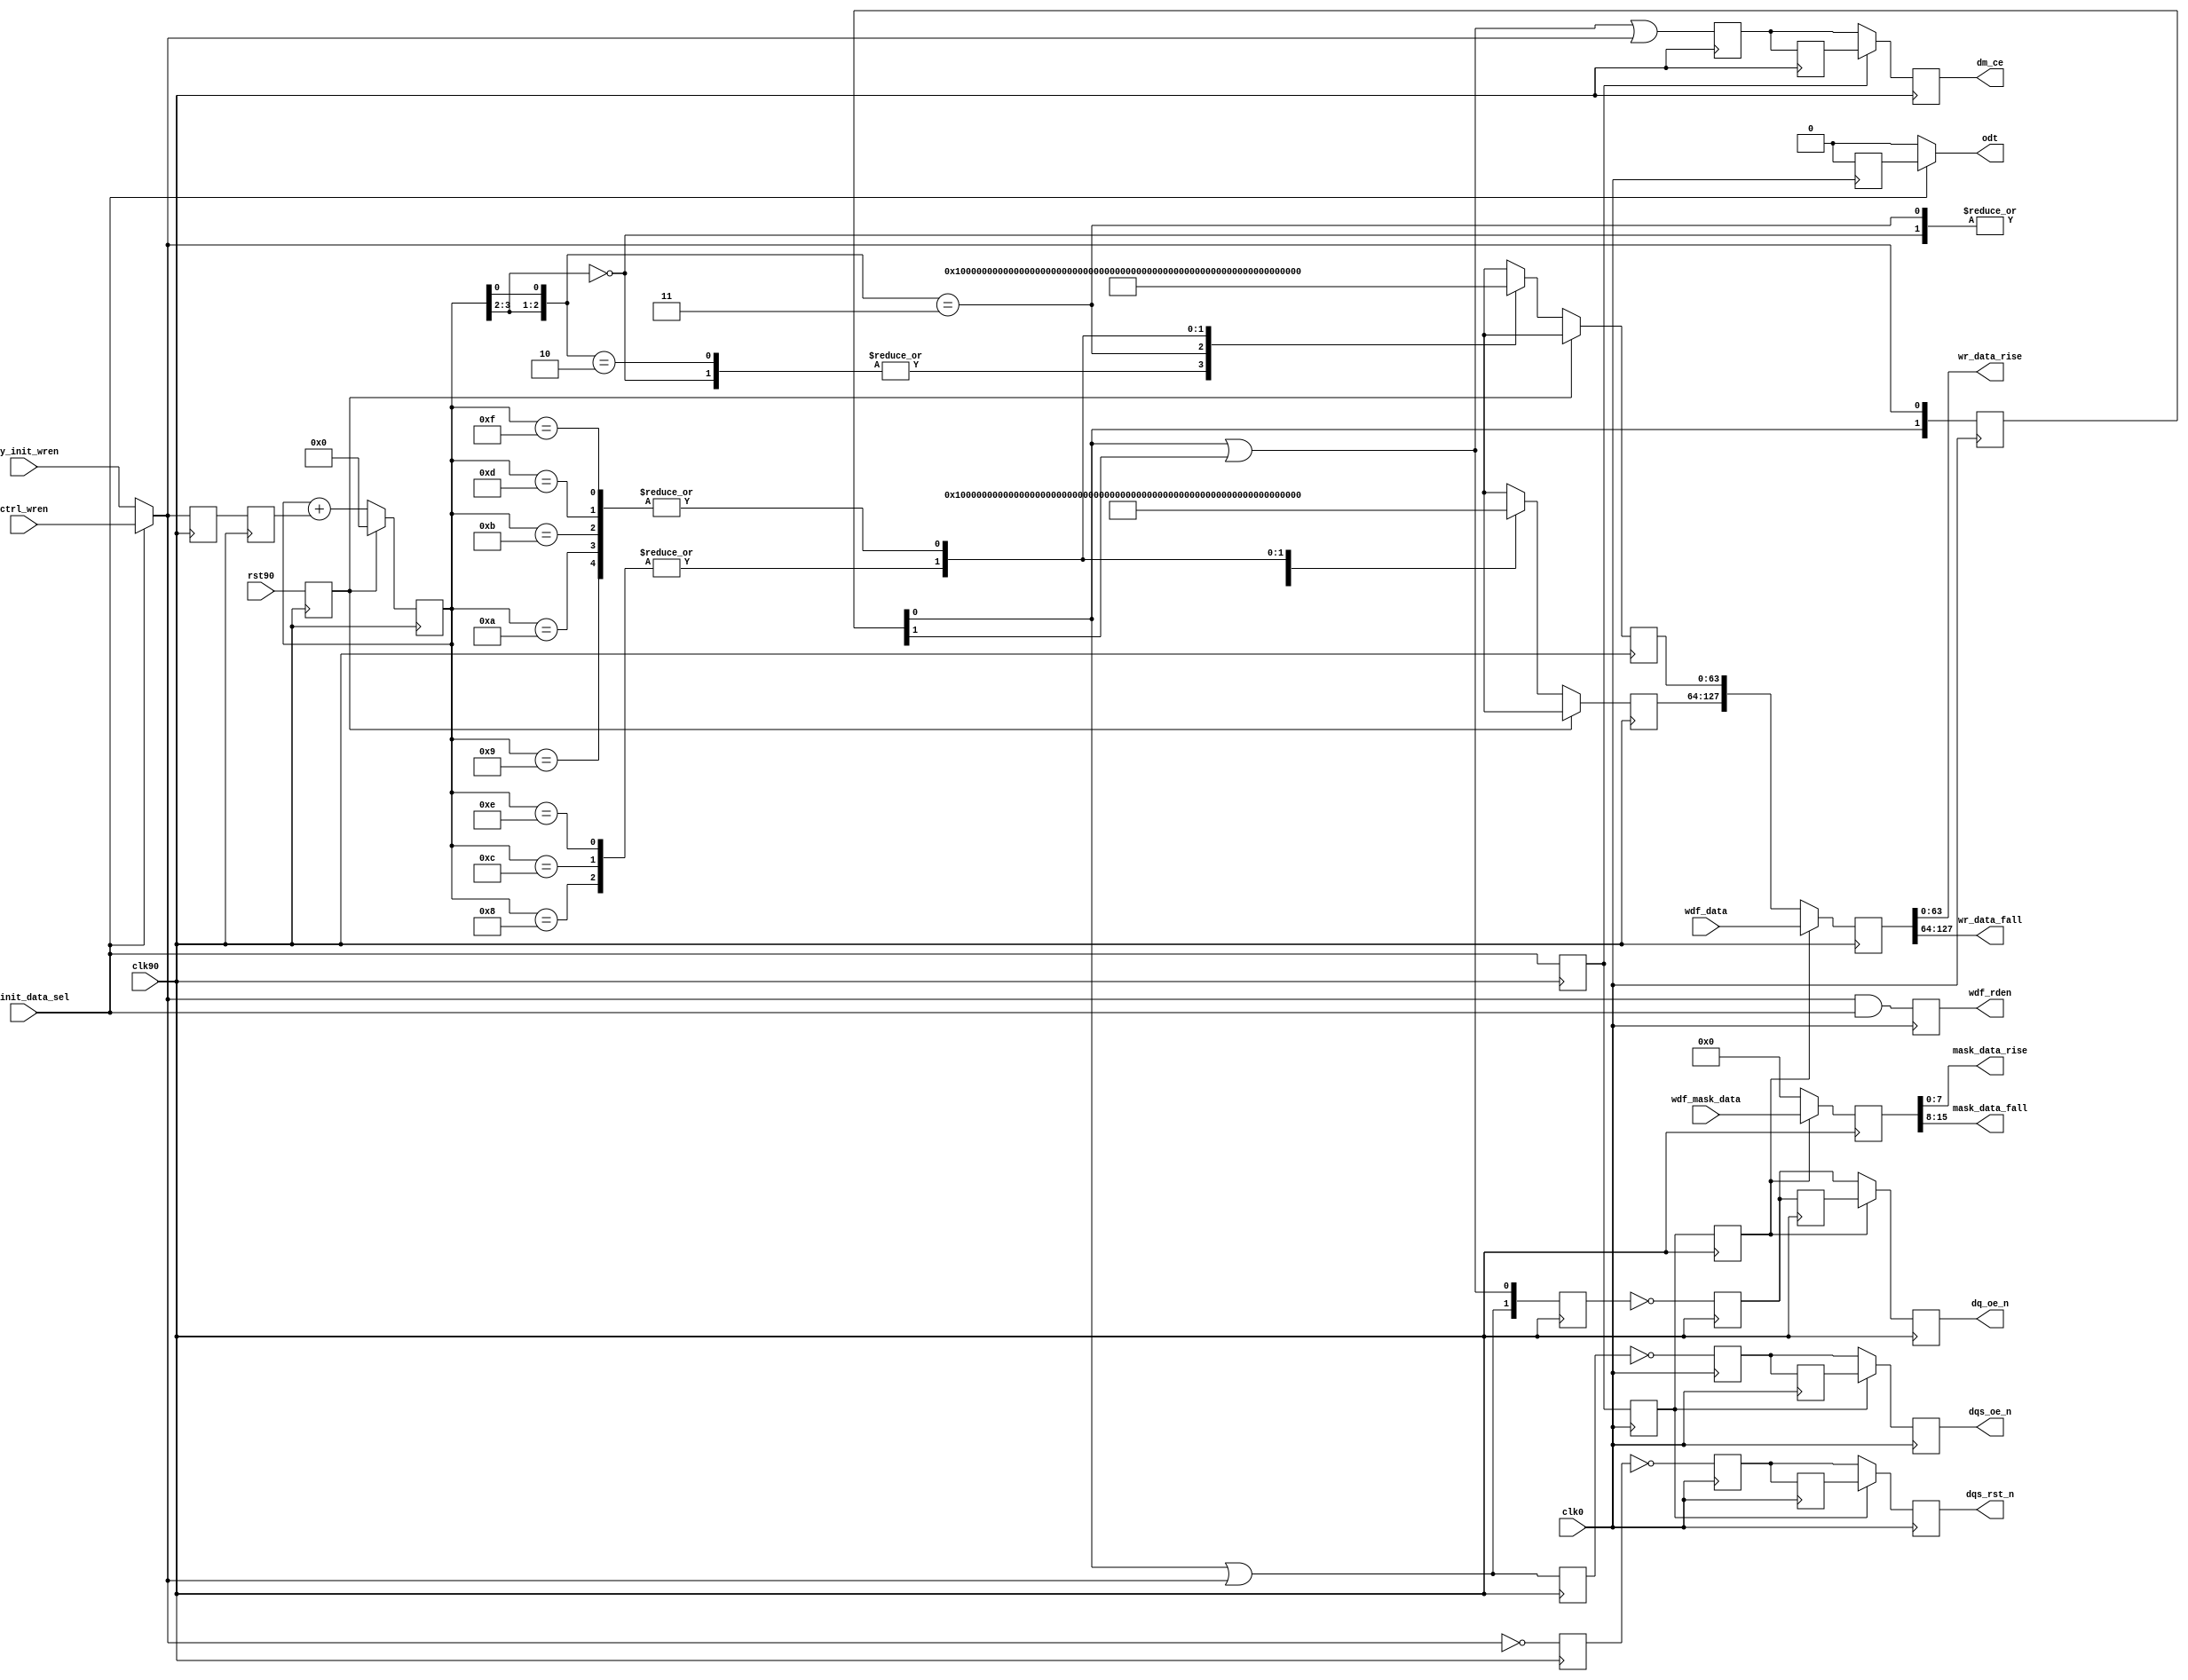
//-----------------------------------------------------------------------------
//-- (c) Copyright 2006 - 2009 Xilinx, Inc. All rights reserved.
//--
//-- This file contains confidential and proprietary information
//-- of Xilinx, Inc. and is protected under U.S. and
//-- international copyright and other intellectual property
//-- laws.
//--
//-- DISCLAIMER
//-- This disclaimer is not a license and does not grant any
//-- rights to the materials distributed herewith. Except as
//-- otherwise provided in a valid license issued to you by
//-- Xilinx, and to the maximum extent permitted by applicable
//-- law: (1) THESE MATERIALS ARE MADE AVAILABLE "AS IS" AND
//-- WITH ALL FAULTS, AND XILINX HEREBY DISCLAIMS ALL WARRANTIES
//-- AND CONDITIONS, EXPRESS, IMPLIED, OR STATUTORY, INCLUDING
//-- BUT NOT LIMITED TO WARRANTIES OF MERCHANTABILITY, NON-
//-- INFRINGEMENT, OR FITNESS FOR ANY PARTICULAR PURPOSE; and
//-- (2) Xilinx shall not be liable (whether in contract or tort,
//-- including negligence, or under any other theory of
//-- liability) for any loss or damage of any kind or nature
//-- related to, arising under or in connection with these
//-- materials, including for any direct, or any indirect,
//-- special, incidental, or consequential loss or damage
//-- (including loss of data, profits, goodwill, or any type of
//-- loss or damage suffered as a result of any action brought
//-- by a third party) even if such damage or loss was
//-- reasonably foreseeable or Xilinx had been advised of the
//-- possibility of the same.
//--
//-- CRITICAL APPLICATIONS
//-- Xilinx products are not designed or intended to be fail-
//-- safe, or for use in any application requiring fail-safe
//-- performance, such as life-support or safety devices or
//-- systems, Class III medical devices, nuclear facilities,
//-- applications related to the deployment of airbags, or any
//-- other applications that could lead to death, personal
//-- injury, or severe property or environmental damage
//-- (individually and collectively, "Critical
//-- Applications"). Customer assumes the sole risk and
//-- liability of any use of Xilinx products in Critical
//-- Applications, subject only to applicable laws and
//-- regulations governing limitations on product liability.
//--
//-- THIS COPYRIGHT NOTICE AND DISCLAIMER MUST BE RETAINED AS
//-- PART OF THIS FILE AT ALL TIMES.
//-----------------------------------------------------------------------------
// MPMC V5 MIG PHY DDR2 Initialization
//-------------------------------------------------------------------------
//
// Description:
//   Handles delaying various write control signals appropriately depending
//   on CAS latency, additive latency, etc. Also splits the data and mask in
//   rise and fall buses.
//
// Structure:
//     
//--------------------------------------------------------------------------
//
// History:
//   Sep 26 2007:
//     Added WDF_RDEN_WIDTH parameter.
//     Added WDF_RDEN_EARLY parameter.
//     Moved wdf_rden to be clk0 aligned.
//     Modified such that ctrl_wren is expected one cycle earlier in the 
//     normal case and three cycles earlier in the ECC case in order to allow
//     wdf_rden to be asserted 1 or 3 cycles earlier.
//   Dec 20 2007:
//     Merged MIG 2.1 modifications into this file.
//     Did not merge wdf_ecc_mask logic in as it did not look robust for all
//       DQ_WIDTH settings.
//   Jan 14 2008:
//     Removed logic for ecc_dm_error as MIG only supports 72-bit ECC.
//
//--------------------------------------------------------------------------

`timescale 1ns/1ps

module v5_phy_write_ddr2 #
  (
   parameter DQ_WIDTH       = 64,
   parameter ADDITIVE_LAT   = 0,
   parameter CAS_LAT        = 3,
   parameter ECC_ENABLE     = 0,
   parameter ODT_TYPE       = 0,
   parameter REG_ENABLE     = 0,
   parameter DDR_TYPE       = 1,
   parameter WDF_RDEN_WIDTH = 1,
   parameter WDF_RDEN_EARLY = 0
   )
  (
   input                       clk0,
   input                       clk90,
   input                       rst90,
   input [(2*DQ_WIDTH)-1:0]    wdf_data,
   input [(2*DQ_WIDTH/8)-1:0]  wdf_mask_data,
   input                       ctrl_wren,
   input                       phy_init_wren,
   input                       phy_init_data_sel,
   output reg                  dm_ce,
   output reg [1:0]            dq_oe_n,
   output reg                  dqs_oe_n ,
   output reg                  dqs_rst_n ,
   output [WDF_RDEN_WIDTH-1:0] wdf_rden,
   output reg                  odt,
   output [DQ_WIDTH-1:0]       wr_data_rise,
   output [DQ_WIDTH-1:0]       wr_data_fall,
   output [(DQ_WIDTH/8)-1:0]   mask_data_rise,
   output [(DQ_WIDTH/8)-1:0]   mask_data_fall
   );

  localparam   MASK_WIDTH               = DQ_WIDTH/8;
  localparam   DDR1                     = 0;
  localparam   DDR2                     = 1;
  localparam   DDR3                     = 2;

  // (MIN,MAX) value of WR_LATENCY for DDR1:
  //   REG_ENABLE   = (0,1)
  //   ECC_ENABLE   = (0,1)
  //   Write latency = 1
  //   Total: (1,3)
  // (MIN,MAX) value of WR_LATENCY for DDR2:
  //   REG_ENABLE   = (0,1)
  //   ECC_ENABLE   = (0,1)
  //   Write latency = ADDITIVE_CAS + CAS_LAT - 1 = (0,4) + (3,5) - 1 = (2,8)
  //     ADDITIVE_LAT = (0,4) (JEDEC79-2B)
  //     CAS_LAT      = (3,5) (JEDEC79-2B)
  //   Total: (2,10)
  localparam WR_LATENCY = (DDR_TYPE == DDR3) ?
             (ADDITIVE_LAT + (CAS_LAT) + REG_ENABLE ) :
             (DDR_TYPE == DDR2) ?
             (ADDITIVE_LAT + (CAS_LAT-1) + REG_ENABLE ) :
             (1 + REG_ENABLE );

  // NOTE that ODT timing does not need to be delayed for registered
  // DIMM case, since like other control/address signals, it gets
  // delayed by one clock cycle at the DIMM
  localparam ODT_WR_LATENCY = WR_LATENCY - REG_ENABLE;

  wire                     dm_ce_0;
  reg                      dm_ce_r1;
  reg                      dm_ce_r2;
  wire [1:0]               dq_oe_0;
  reg [1:0]                dq_oe_n_90_r1;
  reg [1:0]                dq_oe_n_90_r2;
  reg [1:0]                dq_oe_270;
  wire                     dqs_oe_0;
  reg                      dqs_oe_270;
  reg                      dqs_oe_n_180_r1;
  reg                      dqs_oe_n_180_r2;
  wire                     dqs_rst_0;
  reg                      dqs_rst_n_180_r1;
  reg                      dqs_rst_n_180_r2;
  reg                      dqs_rst_270;
//  reg                      ecc_dm_error_r;
//  reg                      ecc_dm_error_r1;
  reg [(DQ_WIDTH-1):0]     init_data_f;
  reg [(DQ_WIDTH-1):0]     init_data_r;
  reg [3:0]                init_wdf_cnt_r;
  wire                     odt_0;
  reg                      odt_0_r1;
  reg                      odt_0_r2;
  reg                      odt_0_r3;
  reg                      rst90_r /* synthesis syn_maxfan = 10 */;
  reg [10:0]               wr_stages ;
  reg [(2*DQ_WIDTH)-1:0]   wdf_data_r;
  reg [(2*DQ_WIDTH/8)-1:0] wdf_mask_r;
//  reg [(2*DQ_WIDTH/8)-1:0] wdf_mask_r1;
  wire                     wdf_rden_0;
  reg [WDF_RDEN_WIDTH-1:0] wdf_rden_0_r1;
  reg [WDF_RDEN_WIDTH-1:0] wdf_rden_0_r2;
  wire                     calib_rden_0;
  reg                      calib_rden_90_r;
  reg                      calib_rden_90_r1;
  reg                      calib_rden_270;
  reg                      phy_init_data_sel_90;
  reg                      phy_init_data_sel_180;
  reg                      phy_init_data_sel_270;
  

  always @(posedge clk90)
      rst90_r <= rst90;

  always @(negedge clk90)
    phy_init_data_sel_270 <= phy_init_data_sel;

  always @(negedge clk0)
    phy_init_data_sel_180 <= phy_init_data_sel_270;

  always @(posedge clk90)
    phy_init_data_sel_90 <= phy_init_data_sel_180;
  
  //***************************************************************************
  // Analysis of additional pipeline delays:
  //   1. dq_oe (DQ 3-state): 1 CLK90 cyc in IOB 3-state FF
  //   2. dqs_oe (DQS 3-state): 1 CLK180 cyc in IOB 3-state FF
  //   3. dqs_rst (DQS output value reset): 1 CLK180 cyc in FF + 1 CLK180 cyc
  //      in IOB DDR
  //   4. odt (ODT control): 1 CLK0 cyc in IOB FF
  //   5. write data (output two cyc after wdf_rden - output of RAMB_FIFO w/
  //      output register enabled): 2 CLK90 cyc in OSERDES
  //***************************************************************************

  // DQS 3-state must be asserted one extra clock cycle due b/c of write
  // pre- and post-amble (extra half clock cycle for each)
  assign dqs_oe_0 = wr_stages[WR_LATENCY-1] | wr_stages[WR_LATENCY-2];

  // same goes for ODT, need to handle both pre- and post-amble (generate
  // ODT only for DDR2)
  // ODT generation for DDR2 based on write latency. The MIN write
  // latency is 2. Based on the write latency ODT is asserted.
  generate
    if ((DDR_TYPE != DDR1) && (ODT_TYPE > 0))begin: gen_odt_ddr2
       if(ODT_WR_LATENCY > 2)
         assign odt_0 =
                   wr_stages[ODT_WR_LATENCY-1] |
                   wr_stages[ODT_WR_LATENCY-2] |
                   wr_stages[ODT_WR_LATENCY-3] ;
       else
         assign odt_0 =
                  wr_stages[ODT_WR_LATENCY] |
                  wr_stages[ODT_WR_LATENCY-1] |
                  wr_stages[ODT_WR_LATENCY-2] ;
    end else
      assign odt_0 = 1'b0;
   endgenerate

  assign dq_oe_0[0]   = wr_stages[WR_LATENCY-1] | wr_stages[WR_LATENCY];
  assign dq_oe_0[1]   = wr_stages[WR_LATENCY-1] | wr_stages[WR_LATENCY-2];
  assign dqs_rst_0    = ~wr_stages[WR_LATENCY-2];
  assign dm_ce_0      = wr_stages[WR_LATENCY] | wr_stages[WR_LATENCY-1]
                        | wr_stages[WR_LATENCY-2];

  // write data fifo, read flag assertion
  generate
    if (DDR_TYPE != DDR1) begin: gen_wdf_ddr2
      if (WR_LATENCY > 2) begin: gen_wlg2
        assign wdf_rden_0 = wr_stages[WR_LATENCY-3];
        assign calib_rden_0 = wr_stages[WR_LATENCY-3];
        always @(posedge clk0) begin
          // assert wdf rden only for non calibration opertations
          wdf_rden_0_r1 <=  {WDF_RDEN_WIDTH{wdf_rden_0 &
                                            phy_init_data_sel}};
        end
        always @(posedge clk90) begin
          calib_rden_90_r1 <= calib_rden_90_r;
        end
      end else begin: gen_wl2
        assign wdf_rden_0 = wr_stages[WR_LATENCY-2];
        assign calib_rden_0 = wr_stages[WR_LATENCY-2];
        always @(*) begin
          wdf_rden_0_r1 <= {WDF_RDEN_WIDTH{wdf_rden_0
                                           & phy_init_data_sel}};
        end
        always @(*) begin
          calib_rden_90_r1 <= calib_rden_90_r;
        end
      end
    end else begin: gen_wdf_ddr1
      assign wdf_rden_0 = wr_stages[WR_LATENCY-2];
      assign calib_rden_0 = wr_stages[WR_LATENCY-2];
      always @(*) begin
        wdf_rden_0_r1 <= {WDF_RDEN_WIDTH{wdf_rden_0
                                         & phy_init_data_sel}};
      end
      always @(*) begin
        calib_rden_90_r1 <= calib_rden_90_r;
      end
    end
  endgenerate

  generate
    if (WDF_RDEN_EARLY == 1) begin: gen_wdf_rden_early
      always @(*) begin
        wdf_rden_0_r2 <= wdf_rden_0_r1;
      end
    end
    else begin: gen_wdf_rden_normal
      always @(posedge clk0) begin
        wdf_rden_0_r2 <= wdf_rden_0_r1;
      end
    end
  endgenerate

  // first stage isn't registered
  always @(*)
    wr_stages[0] = (phy_init_data_sel) ? ctrl_wren : phy_init_wren;

  always @(posedge clk0) begin
    wr_stages[1] <= wr_stages[0];
    wr_stages[2] <= wr_stages[1];
    wr_stages[3] <= wr_stages[2];
    wr_stages[4] <= wr_stages[3];
    wr_stages[5] <= wr_stages[4];
    wr_stages[6] <= wr_stages[5];
    wr_stages[7] <= wr_stages[6];
    wr_stages[8] <= wr_stages[7];
    wr_stages[9] <= wr_stages[8];
    wr_stages[10] <= wr_stages[9];
  end

  // intermediate synchronization to CLK270
  always @(negedge clk90) begin
    dq_oe_270         <= dq_oe_0;
    dqs_oe_270        <= dqs_oe_0;
    dqs_rst_270       <= dqs_rst_0;
    calib_rden_270    <= calib_rden_0;
  end

  // synchronize DQS signals to CLK180
  always @(negedge clk0) begin
    dqs_oe_n_180_r1  <= ~dqs_oe_270;
    dqs_oe_n_180_r2  <= dqs_oe_n_180_r1;
    dqs_rst_n_180_r1 <= ~dqs_rst_270;
    dqs_rst_n_180_r2 <= dqs_rst_n_180_r1;
  end

  // All write data-related signals synced to CLK90
  always @(posedge clk90) begin
    dq_oe_n_90_r1   <= ~dq_oe_270;
    calib_rden_90_r <= calib_rden_270;
  end    

  // dm CE signal to stop dm oscilation
  always @(negedge clk90)begin
    dm_ce_r1 <= dm_ce_0;
    dm_ce_r2 <= dm_ce_r1;
  end
  generate
    if (ECC_ENABLE == 1) begin : gen_dm_ce_ecc
      reg dm_ce_r3;
      reg dm_ce_r4;
      always @(negedge clk90) begin
        dm_ce_r3 <= dm_ce_r2;
        dm_ce_r4 <= dm_ce_r3;
        dm_ce <= (phy_init_data_sel_270) ? dm_ce_r4 : dm_ce_r1;
      end
    end else begin : gen_dm_ce
      always @(negedge clk90)
        dm_ce <= (phy_init_data_sel_270) ? dm_ce_r2 : dm_ce_r1;
    end
  endgenerate
  
  // When in ECC mode the upper byte [71:64] will have the
  // ECC parity. Mapping the bytes which have valid data
  // to the upper byte in ecc mode. Also in ecc mode there
  // is an extra register stage to account for timing.
  generate
    if (ECC_ENABLE) begin:gen_ecc_reg
      always @(posedge clk90) begin
        if(phy_init_data_sel_90) begin
          wdf_data_r <= wdf_data;
          wdf_mask_r <= {&wdf_mask_data[DQ_WIDTH*2/8-2:DQ_WIDTH/8], wdf_mask_data[DQ_WIDTH*2/8-2:DQ_WIDTH/8],
                         &wdf_mask_data[DQ_WIDTH/8-2:0], wdf_mask_data[DQ_WIDTH/8-2:0]};
        end else begin
          wdf_data_r <={init_data_f,init_data_r};
          wdf_mask_r <= {(2*DQ_WIDTH/8){1'b0}};
        end
      end
    end else begin
      always@(posedge clk90) begin
        if (phy_init_data_sel_90) begin
          wdf_data_r <= wdf_data;
          wdf_mask_r <= wdf_mask_data;
        end else begin
          wdf_data_r <={init_data_f,init_data_r};
          wdf_mask_r <= {(2*DQ_WIDTH/8){1'b0}};
        end
      end
    end
  endgenerate

  // Error generation block during simulation.
  // Error will be displayed when all the DM
  // bits are not zero. The error will be
  // displayed only during the start of the sequence
  // for errors that are continous over many cycles.
/*
  generate
    if (ECC_ENABLE) begin: gen_ecc_error
      always @(posedge clk90) begin
        //synthesis translate_off
        wdf_mask_r1 <= wdf_mask_r;
        if (DQ_WIDTH > 72)
          ecc_dm_error_r
            <= (
                (~wdf_mask_r1[35] && (|wdf_mask_r1[34:27])) ||
                (~wdf_mask_r1[26] && (|wdf_mask_r1[25:18])) ||
                (~wdf_mask_r1[17] && (|wdf_mask_r1[16:9])) ||
                (~wdf_mask_r1[8] &&  (|wdf_mask_r1[7:0]))) && phy_init_data_sel;
        else
          ecc_dm_error_r
            <= ((~wdf_mask_r1[17] && (|wdf_mask_r1[16:9])) ||
                (~wdf_mask_r1[8] &&  (|wdf_mask_r1[7:0]))) && phy_init_data_sel_90;
        ecc_dm_error_r1 <= ecc_dm_error_r ;
        if (ecc_dm_error_r && ~ecc_dm_error_r1) // assert the error only once.
          $display ("ECC DM ERROR. ");
        //synthesis translate_on
      end
    end
  endgenerate
*/
  //***************************************************************************
  // State logic to write calibration training patterns
  //***************************************************************************

  always @(posedge clk90) begin
    if (rst90_r) begin
      init_wdf_cnt_r  <= 4'd0;
      init_data_r <= {64{1'bx}};
      init_data_f <= {64{1'bx}};
    end else begin
      init_wdf_cnt_r  <= init_wdf_cnt_r + calib_rden_90_r1;
      casex (init_wdf_cnt_r)
        // First stage calibration. Pattern (rise/fall) = 1(r)->0(f)
        // The rise data and fall data are already interleaved in the manner
        // required for data into the WDF write FIFO
        4'b00xx: begin
          init_data_r <= {DQ_WIDTH{1'b1}};
          init_data_f <= {DQ_WIDTH{1'b0}};
        end
        // Second stage calibration. Pattern = 1(r)->1(f)->0(r)->0(f)
        4'b01x0: begin
           init_data_r <= {DQ_WIDTH{1'b1}};
           init_data_f <= {DQ_WIDTH{1'b1}};
          end
        4'b01x1: begin
           init_data_r <= {DQ_WIDTH{1'b0}};
           init_data_f <= {DQ_WIDTH{1'b0}};
        end
        // MIG 3.2: Changed Stage 3/4 training pattern
        // Third stage calibration patern = 
        //   11(r)->ee(f)->ee(r)->11(f)-ee(r)->11(f)->ee(r)->11(f)
        4'b1000: begin
          init_data_r <= {DQ_WIDTH/4{4'h1}};
          init_data_f <= {DQ_WIDTH/4{4'hE}};
        end
        4'b1001: begin
          init_data_r <= {DQ_WIDTH/4{4'hE}};
          init_data_f <= {DQ_WIDTH/4{4'h1}};
          end
        4'b1010: begin
          init_data_r <= {(DQ_WIDTH/4){4'hE}};
          init_data_f <= {(DQ_WIDTH/4){4'h1}};
        end
        4'b1011: begin
          init_data_r <= {(DQ_WIDTH/4){4'hE}};
          init_data_f <= {(DQ_WIDTH/4){4'h1}};
        end
        // Fourth stage calibration patern = 
        //   11(r)->ee(f)->ee(r)->11(f)-11(r)->ee(f)->ee(r)->11(f)
        4'b1100: begin
          init_data_r <= {DQ_WIDTH/4{4'h1}};
          init_data_f <= {DQ_WIDTH/4{4'hE}};
        end
        4'b1101: begin
          init_data_r <= {DQ_WIDTH/4{4'hE}};
          init_data_f <= {DQ_WIDTH/4{4'h1}};
          end
        4'b1110: begin
          init_data_r <= {(DQ_WIDTH/4){4'h1}};
          init_data_f <= {(DQ_WIDTH/4){4'hE}};
        end
        4'b1111: begin
          // MIG 3.5: Corrected last two writes for stage 4 calibration
          // training pattern. Previously MIG 3.3 and MIG 3.4 had the
          // incorrect pattern. This can sometimes result in a calibration
          // point with small timing margin. 
//          init_data_r <= {(DQ_WIDTH/4){4'h1}};
//          init_data_f <= {(DQ_WIDTH/4){4'hE}};
          init_data_r <= {(DQ_WIDTH/4){4'hE}};
          init_data_f <= {(DQ_WIDTH/4){4'h1}};
        end
      endcase
    end
  end

  //***************************************************************************

  always @(posedge clk90) begin
    dq_oe_n_90_r2 <= dq_oe_n_90_r1;
  end
  generate
    if (ECC_ENABLE == 1) begin : gen_dq_oe_n_ecc
      reg [1:0] dq_oe_n_90_r3;
      reg [1:0] dq_oe_n_90_r4;
      always @(posedge clk90) begin
        dq_oe_n_90_r3 <= dq_oe_n_90_r2;
        dq_oe_n_90_r4 <= dq_oe_n_90_r3;
        dq_oe_n <= (phy_init_data_sel_90) ? dq_oe_n_90_r4 : dq_oe_n_90_r1;
      end
    end else begin : gen_dq_oe_n
      always @(posedge clk90)
        dq_oe_n <= (phy_init_data_sel_90) ? dq_oe_n_90_r2 : dq_oe_n_90_r1;
    end
  endgenerate

  generate
    if (ECC_ENABLE == 1) begin : gen_dqs_oe_n_ecc
      reg dqs_rst_n_180_r3;
      reg dqs_rst_n_180_r4;
      reg dqs_oe_n_180_r3;
      reg dqs_oe_n_180_r4;
      always @(negedge clk0) begin
        dqs_oe_n_180_r3  <= dqs_oe_n_180_r2;
        dqs_oe_n_180_r4  <= dqs_oe_n_180_r3;
        dqs_oe_n  <= (phy_init_data_sel_180) ? dqs_oe_n_180_r4 : dqs_oe_n_180_r1;
        dqs_rst_n_180_r3 <= dqs_rst_n_180_r2;
        dqs_rst_n_180_r4 <= dqs_rst_n_180_r3;
        dqs_rst_n <= (phy_init_data_sel_180) ? dqs_rst_n_180_r4 : dqs_rst_n_180_r1;
      end
    end else begin : gen_dqs_oe_n
      always @(negedge clk0) begin
        dqs_oe_n  <= (phy_init_data_sel_180) ? dqs_oe_n_180_r2 : dqs_oe_n_180_r1;
        dqs_rst_n <= (phy_init_data_sel_180) ? dqs_rst_n_180_r2 : dqs_rst_n_180_r1;
      end
    end
  endgenerate

  // generate for odt. odt is asserted based on
  //  write latency. For write latency of 2
  //  the extra register stage is taken out.
  always @(posedge clk0)
  begin
      odt_0_r1 <= odt_0;
      odt_0_r3 <= odt_0_r2;
  end

  generate
    if (ODT_WR_LATENCY > 2) begin
      always @(posedge clk0)
        odt_0_r2 <= odt_0_r1;
    end else begin
      always @ (*)
        odt_0_r2 = odt_0_r1;
    end
  endgenerate
  generate
    if (ECC_ENABLE == 1) begin : gen_odt_ecc
      always @(*) begin
        odt <= (phy_init_data_sel) ? odt_0_r3 : odt_0;
      end
    end else begin : gen_odt
      always @(*)
        odt = (phy_init_data_sel) ? odt_0_r1 : odt_0;
    end
  endgenerate

  assign wdf_rden  = wdf_rden_0_r2;

  //***************************************************************************
  // Format write data/mask: Data is in format: {fall, rise}
  //***************************************************************************

  assign wr_data_rise = wdf_data_r[DQ_WIDTH-1:0];
  assign wr_data_fall = wdf_data_r[(2*DQ_WIDTH)-1:DQ_WIDTH];
  assign mask_data_rise = wdf_mask_r[MASK_WIDTH-1:0];
  assign mask_data_fall = wdf_mask_r[(2*MASK_WIDTH)-1:MASK_WIDTH];

endmodule